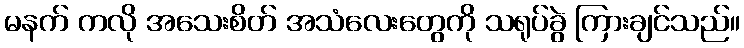
မနက် ကလို အသေးစိတ် အသံလေးတွေကို သရုပ်ခွဲ ကြားချင်သည်။